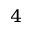
^ 4